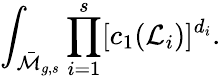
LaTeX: \int_{\bar{\cal M}_{g,s}}\prod_{i=1}^{s}[c_{1}({\cal L}_{i})]^{d_{i}}.